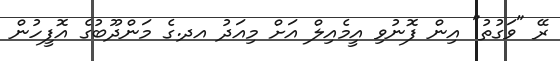
ރޭ "ވަގުތު" އިން ފޮނުވި އީމެއިލް އަށް މިއަދު އދ.ގެ މަންދޫބުގެ އޮފީހުން